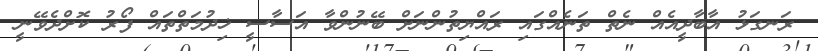
ރަނގަޅު އާބާދީއެއް ނެތް ތަނެއްގައި ރައްޔިތުންނަށް ބޭނުންވާ އަސާސީ ޚިދުމަތްތައް ފޯރު ކޮށްދެވޭނީ